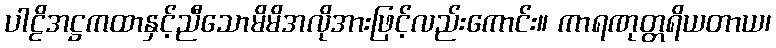
ပါဠိအဋ္ဌကထာနှင့်ညီသောမိမိအလိုအားဖြင့်လည်းကောင်း။ ကာရဏုတ္တရိယတာယ၊